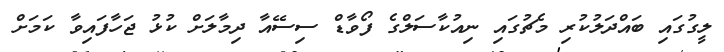
ލީގުގައި ބައްދަލުކުރި މެޗުގައި ނިއުކާސަލްގެ ފޯވާޑް ސިސޭއާ ދިމާލަށް ކުޅު ޖަހާފައިވާ ކަމަށް